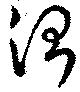
治